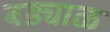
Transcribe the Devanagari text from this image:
बड्याळ